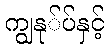
ကျွနု်ပ်နှင့်